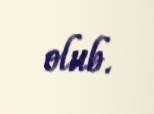
olub.